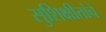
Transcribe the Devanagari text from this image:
सुशिक्षीतांचे